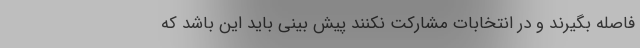
فاصله بگیرند و در انتخابات مشارکت نکنند پیش بینی باید این باشد که